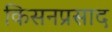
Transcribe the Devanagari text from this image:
किसनप्रसाद